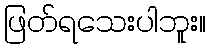
ဖြတ်ရသေးပါဘူး။